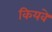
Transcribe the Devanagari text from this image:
कियवे